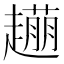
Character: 𧽹